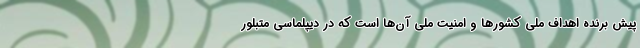
پیش برنده اهداف ملی کشورها و امنیت ملی آن‌ها است که در دیپلماسی متبلور